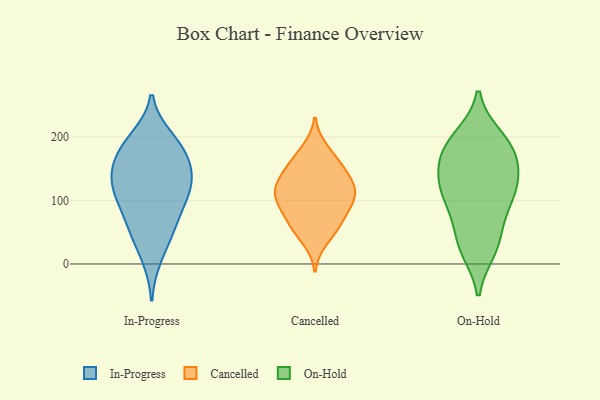
{"axis": {"x": "Tickets Resolved", "y": "Value"}, "legend": ["Cancelled", "In-Progress", "On-Hold"], "data": [{"x": "", "y": 185, "type": "In-Progress"}, {"x": "", "y": 10, "type": "In-Progress"}, {"x": "", "y": 198, "type": "In-Progress"}, {"x": "", "y": 102, "type": "In-Progress"}, {"x": "", "y": 156, "type": "In-Progress"}, {"x": "", "y": 49, "type": "In-Progress"}, {"x": "", "y": 55, "type": "In-Progress"}, {"x": "", "y": 154, "type": "In-Progress"}, {"x": "", "y": 138, "type": "In-Progress"}, {"x": "", "y": 100, "type": "In-Progress"}, {"x": "", "y": 130, "type": "In-Progress"}, {"x": "", "y": 64, "type": "In-Progress"}, {"x": "", "y": 113, "type": "In-Progress"}, {"x": "", "y": 168, "type": "In-Progress"}, {"x": "", "y": 118, "type": "In-Progress"}, {"x": "", "y": 192, "type": "In-Progress"}, {"x": "", "y": 147, "type": "Cancelled"}, {"x": "", "y": 65, "type": "Cancelled"}, {"x": "", "y": 114, "type": "Cancelled"}, {"x": "", "y": 59, "type": "Cancelled"}, {"x": "", "y": 121, "type": "Cancelled"}, {"x": "", "y": 151, "type": "Cancelled"}, {"x": "", "y": 181, "type": "Cancelled"}, {"x": "", "y": 115, "type": "Cancelled"}, {"x": "", "y": 169, "type": "Cancelled"}, {"x": "", "y": 98, "type": "Cancelled"}, {"x": "", "y": 37, "type": "Cancelled"}, {"x": "", "y": 59, "type": "Cancelled"}, {"x": "", "y": 125, "type": "Cancelled"}, {"x": "", "y": 96, "type": "Cancelled"}, {"x": "", "y": 103, "type": "Cancelled"}, {"x": "", "y": 85, "type": "Cancelled"}, {"x": "", "y": 142, "type": "Cancelled"}, {"x": "", "y": 190, "type": "On-Hold"}, {"x": "", "y": 159, "type": "On-Hold"}, {"x": "", "y": 102, "type": "On-Hold"}, {"x": "", "y": 200, "type": "On-Hold"}, {"x": "", "y": 119, "type": "On-Hold"}, {"x": "", "y": 196, "type": "On-Hold"}, {"x": "", "y": 149, "type": "On-Hold"}, {"x": "", "y": 34, "type": "On-Hold"}, {"x": "", "y": 22, "type": "On-Hold"}, {"x": "", "y": 87, "type": "On-Hold"}, {"x": "", "y": 25, "type": "On-Hold"}, {"x": "", "y": 61, "type": "On-Hold"}, {"x": "", "y": 131, "type": "On-Hold"}, {"x": "", "y": 123, "type": "On-Hold"}, {"x": "", "y": 174, "type": "On-Hold"}, {"x": "", "y": 172, "type": "On-Hold"}, {"x": "", "y": 108, "type": "On-Hold"}]}